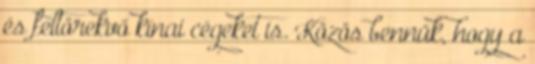
és feltörekvő kínai cégeket is. Közös bennük, hogy a